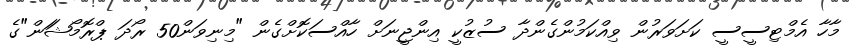
މާހާ އެމްޓިސީސީ ކަށަވަރުން ވިއްކަމުންގެންދާ ސުޒުކީ އިންޖީނަށް ހާއްސަކޮށްގެން "މިނިވަން50 ރޯދަ ޕްރޮމޯޝަަން"ގެ